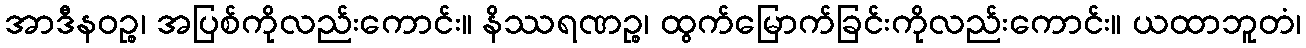
အာဒီနဝဉ္စ၊ အပြစ်ကိုလည်းကောင်း။ နိဿရဏဉ္စ၊ ထွက်မြောက်ခြင်းကိုလည်းကောင်း။ ယထာဘူတံ၊